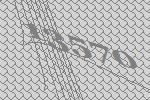
13570